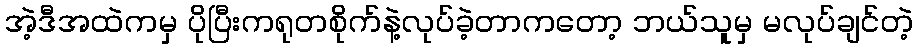
အဲ့ဒီအထဲကမှ ပိုပြီးကရုတစိုက်နဲ့လုပ်ခဲ့တာကတော့ ဘယ်သူမှ မလုပ်ချင်တဲ့